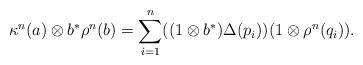
LaTeX: \begin{align*}\kappa^n(a)\otimes b^*\rho^{n}(b) = \sum_{i=1}^n ((1\otimes b^*) \Delta(p_i))(1\otimes \rho^n(q_i)).\end{align*}